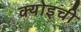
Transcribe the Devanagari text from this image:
क्योइची